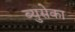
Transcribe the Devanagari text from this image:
ब्युसेका